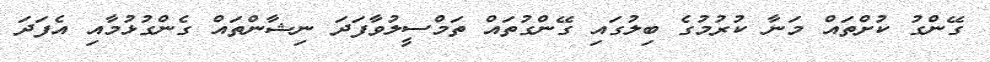
ގޭންގު ކުށްތައް މަނާ ކުރުމުގެ ބިލުގައި ގޭންގުތައް ތަމްސީލުވާފަދަ ނިޝާންތައް ގެންގުޅުމާއި އެފަދަ